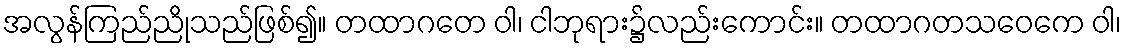
အလွန်ကြည်ညိုသည်ဖြစ်၍။ တထာဂတေ ဝါ၊ ငါဘုရား၌လည်းကောင်း။ တထာဂတသဝေကေ ဝါ၊